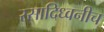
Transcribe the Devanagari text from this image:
रसादिध्वनीच